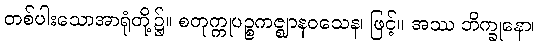
တစ်ပါးသောအာရုံတို့၌။ စတုက္ကုပဉ္စကဇ္ဈာနဝသေန၊ ဖြင့်။ အဿ ဘိက္ခုနော၊